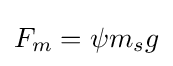
F_{m}=\psi m_{s}g